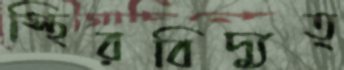
স্থিরবিদ্যুত্